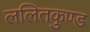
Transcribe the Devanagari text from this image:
ललितकुण्ड